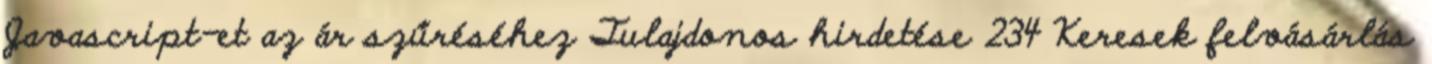
Javascript-et az ár szűréséhez Tulajdonos hirdetése 234 Keresek felvásárlás